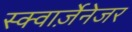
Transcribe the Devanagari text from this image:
स्क्वार्ज़ेनेजर